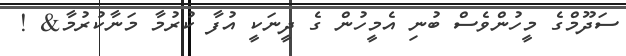
ސަދޫމްގެ މީހުންވެސް ބުނި އެމީހުން ގެ ދީނަކީ އުފާ ކުރުމާ މަނާކުރުމާ& !